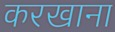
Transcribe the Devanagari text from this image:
करखाना